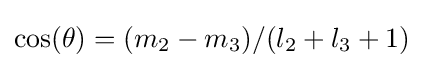
\cos(\theta )=(m_{2}-m_{3})/(l_{2}+l_{3}+1)